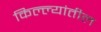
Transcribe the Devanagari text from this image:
किल्ल्यांतील